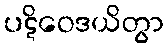
ပဋိဝေဒယိတွာ